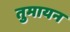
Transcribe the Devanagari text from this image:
तुमायन